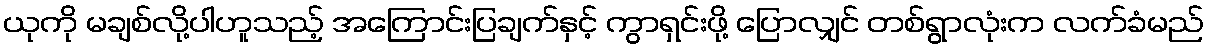
ယုကို မချစ်လို့ပါဟူသည့် အကြောင်းပြချက်နှင့် ကွာရှင်းဖို့ ပြောလျှင် တစ်ရွာလုံးက လက်ခံမည်